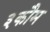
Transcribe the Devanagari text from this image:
३कौम